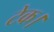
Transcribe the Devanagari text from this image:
टेक।